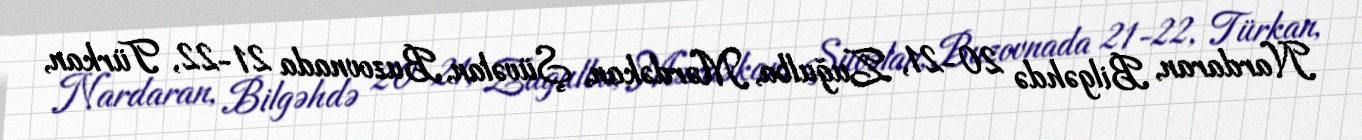
Nardaran, Bilgəhdə 20-21, Zuğulba, Mərdəkan, Şüvəlan, Buzovnada 21-22, Türkan,